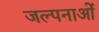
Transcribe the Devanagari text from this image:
जल्पनाओं